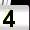
Digit: 4